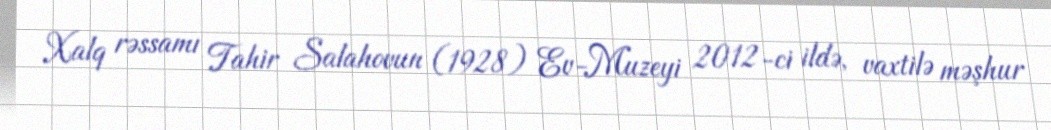
Xalq rəssamı Tahir Salahovun (1928) Ev-Muzeyi 2012-ci ildə, vaxtilə məşhur